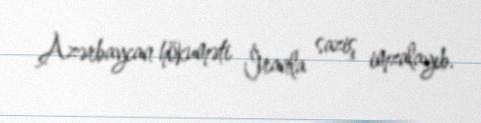
Azərbaycan hökuməti İranla saziş imzalayıb.